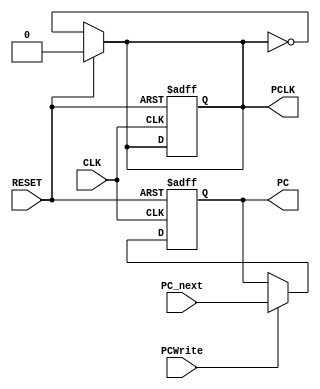
module PC (
	input CLK, RESET, PCWrite,
	input [31:0] PC_next,
	output reg [31:0] PC,
	output reg PCLK
	);

always @(posedge RESET or posedge CLK)
begin
	if (RESET == 1'b1) begin
		PC <= 32'hfffffffc;
		PCLK <= 1'b0;
	end
	else
	begin 
		if (PCWrite == 1'b1)
		begin
			PC <= PC_next;
		end
		else
		begin
			PC <= PC;
		end
	end
end

always@(CLK) begin 
	if (RESET == 1'b1) begin
		PCLK <= 1'b0;
	end
	else begin
		PCLK <= (!PCLK); 
	end
end

endmodule